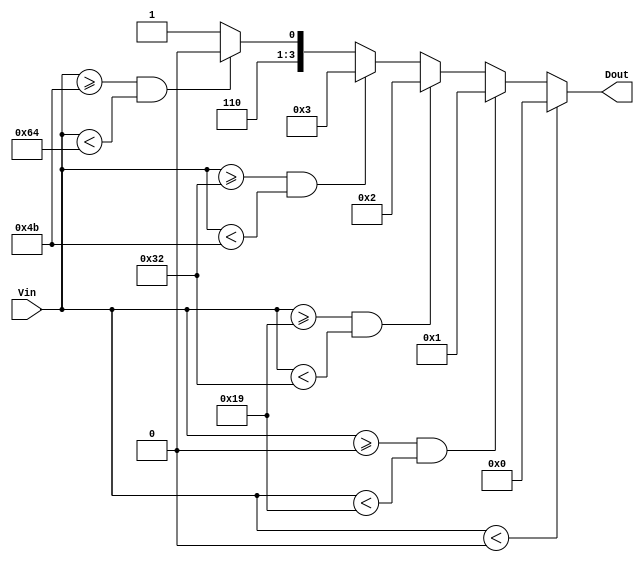
module thermal_encoder (
    input [7:0] Vin,  // 8-bit input representing the temperature
    output reg [3:0] Dout // 4-bit output representing the digital output
);

// Define temperature thresholds in digital representation
localparam T0 = 8'd0;    // 0C
localparam T1 = 8'd25;   // 25C
localparam T2 = 8'd50;   // 50C
localparam T3 = 8'd75;   // 75C
localparam T4 = 8'd100;  // 100C

always @(*) begin
    // Default output for below range
    Dout = 4'b0000; // Default to 00 (below range)

    // Compare Vin with thresholds and assign Dout accordingly
    if (Vin < T0) begin
        Dout = 4'b0000; // Below range
    end else if (Vin >= T0 && Vin < T1) begin
        Dout = 4'b0001; // 01
    end else if (Vin >= T1 && Vin < T2) begin
        Dout = 4'b0010; // 10
    end else if (Vin >= T2 && Vin < T3) begin
        Dout = 4'b0011; // 11
    end else if (Vin >= T3 && Vin < T4) begin
        Dout = 4'b1100; // 12
    end else begin
        Dout = 4'b1101; // 13 (above range)
    end
end

endmodule